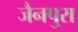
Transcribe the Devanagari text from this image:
जैनपुरा